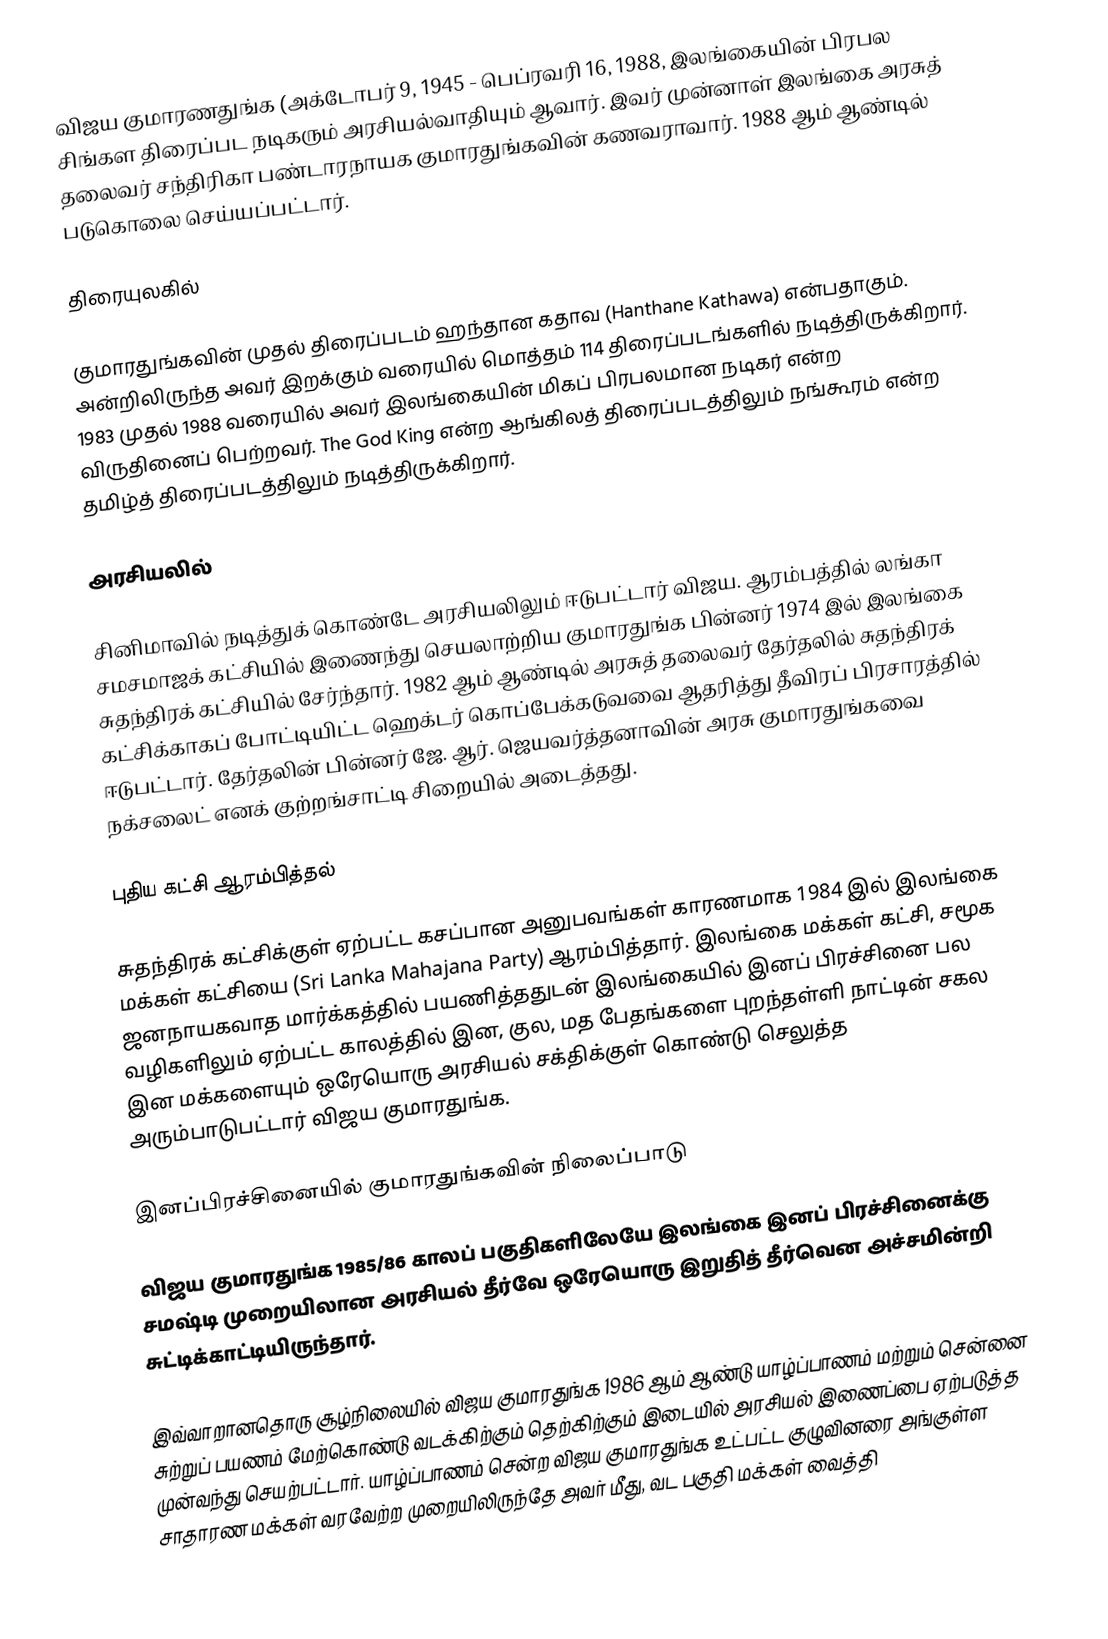
விஜய குமாரணதுங்க  (அக்டோபர் 9, 1945 - பெப்ரவரி 16, 1988, இலங்கையின் பிரபல சிங்கள திரைப்பட நடிகரும் அரசியல்வாதியும் ஆவார். இவர் முன்னாள் இலங்கை அரசுத் தலைவர் சந்திரிகா பண்டாரநாயக குமாரதுங்கவின் கணவராவார். 1988 ஆம் ஆண்டில் படுகொலை செய்யப்பட்டார்.

திரையுலகில்

குமாரதுங்கவின் முதல் திரைப்படம் ஹந்தான கதாவ (Hanthane Kathawa) என்பதாகும். அன்றிலிருந்த அவர் இறக்கும் வரையில் மொத்தம் 114 திரைப்படங்களில் நடித்திருக்கிறார். 1983 முதல் 1988 வரையில் அவர் இலங்கையின் மிகப் பிரபலமான நடிகர் என்ற விருதினைப் பெற்றவர். The God King என்ற ஆங்கிலத் திரைப்படத்திலும் நங்கூரம் என்ற தமிழ்த் திரைப்படத்திலும் நடித்திருக்கிறார்.

அரசியலில்

சினிமாவில் நடித்துக் கொண்டே அரசியலிலும் ஈடுபட்டார் விஜய. ஆரம்பத்தில் லங்கா சமசமாஜக் கட்சியில் இணைந்து செயலாற்றிய குமாரதுங்க பின்னர் 1974 இல் இலங்கை சுதந்திரக் கட்சியில் சேர்ந்தார். 1982 ஆம் ஆண்டில் அரசுத் தலைவர் தேர்தலில் சுதந்திரக் கட்சிக்காகப் போட்டியிட்ட ஹெக்டர் கொப்பேக்கடுவவை ஆதரித்து தீவிரப் பிரசாரத்தில் ஈடுபட்டார். தேர்தலின் பின்னர் ஜே. ஆர். ஜெயவர்த்தனாவின் அரசு குமாரதுங்கவை நக்சலைட் எனக் குற்றங்சாட்டி சிறையில் அடைத்தது.

புதிய கட்சி ஆரம்பித்தல்

சுதந்திரக் கட்சிக்குள் ஏற்பட்ட கசப்பான அனுபவங்கள் காரணமாக 1984 இல் இலங்கை மக்கள் கட்சியை (Sri Lanka Mahajana Party) ஆரம்பித்தார். இலங்கை மக்கள் கட்சி, சமூக ஜனநாயகவாத மார்க்கத்தில் பயணித்ததுடன் இலங்கையில் இனப் பிரச்சினை பல வழிகளிலும் ஏற்பட்ட காலத்தில் இன, குல, மத பேதங்களை புறந்தள்ளி நாட்டின் சகல இன மக்களையும் ஒரேயொரு அரசியல் சக்திக்குள் கொண்டு செலுத்த அரும்பாடுபட்டார் விஜய குமாரதுங்க.

இனப்பிரச்சினையில் குமாரதுங்கவின் நிலைப்பாடு

விஜய குமாரதுங்க 1985/86 காலப் பகுதிகளிலேயே இலங்கை இனப் பிரச்சினைக்கு சமஷ்டி முறையிலான அரசியல் தீர்வே ஒரேயொரு இறுதித் தீர்வென அச்சமின்றி சுட்டிக்காட்டியிருந்தார்.

இவ்வாறானதொரு சூழ்நிலையில் விஜய குமாரதுங்க 1986 ஆம் ஆண்டு யாழ்ப்பாணம் மற்றும் சென்னை சுற்றுப் பயணம் மேற்கொண்டு வடக்கிற்கும் தெற்கிற்கும் இடையில் அரசியல் இணைப்பை ஏற்படுத்த முன்வந்து செயற்பட்டார். யாழ்ப்பாணம் சென்ற விஜய குமாரதுங்க உட்பட்ட குழுவினரை அங்குள்ள சாதாரண மக்கள் வரவேற்ற முறையிலிருந்தே அவர் மீது, வட பகுதி மக்கள் வைத்தி